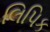
લિપિક